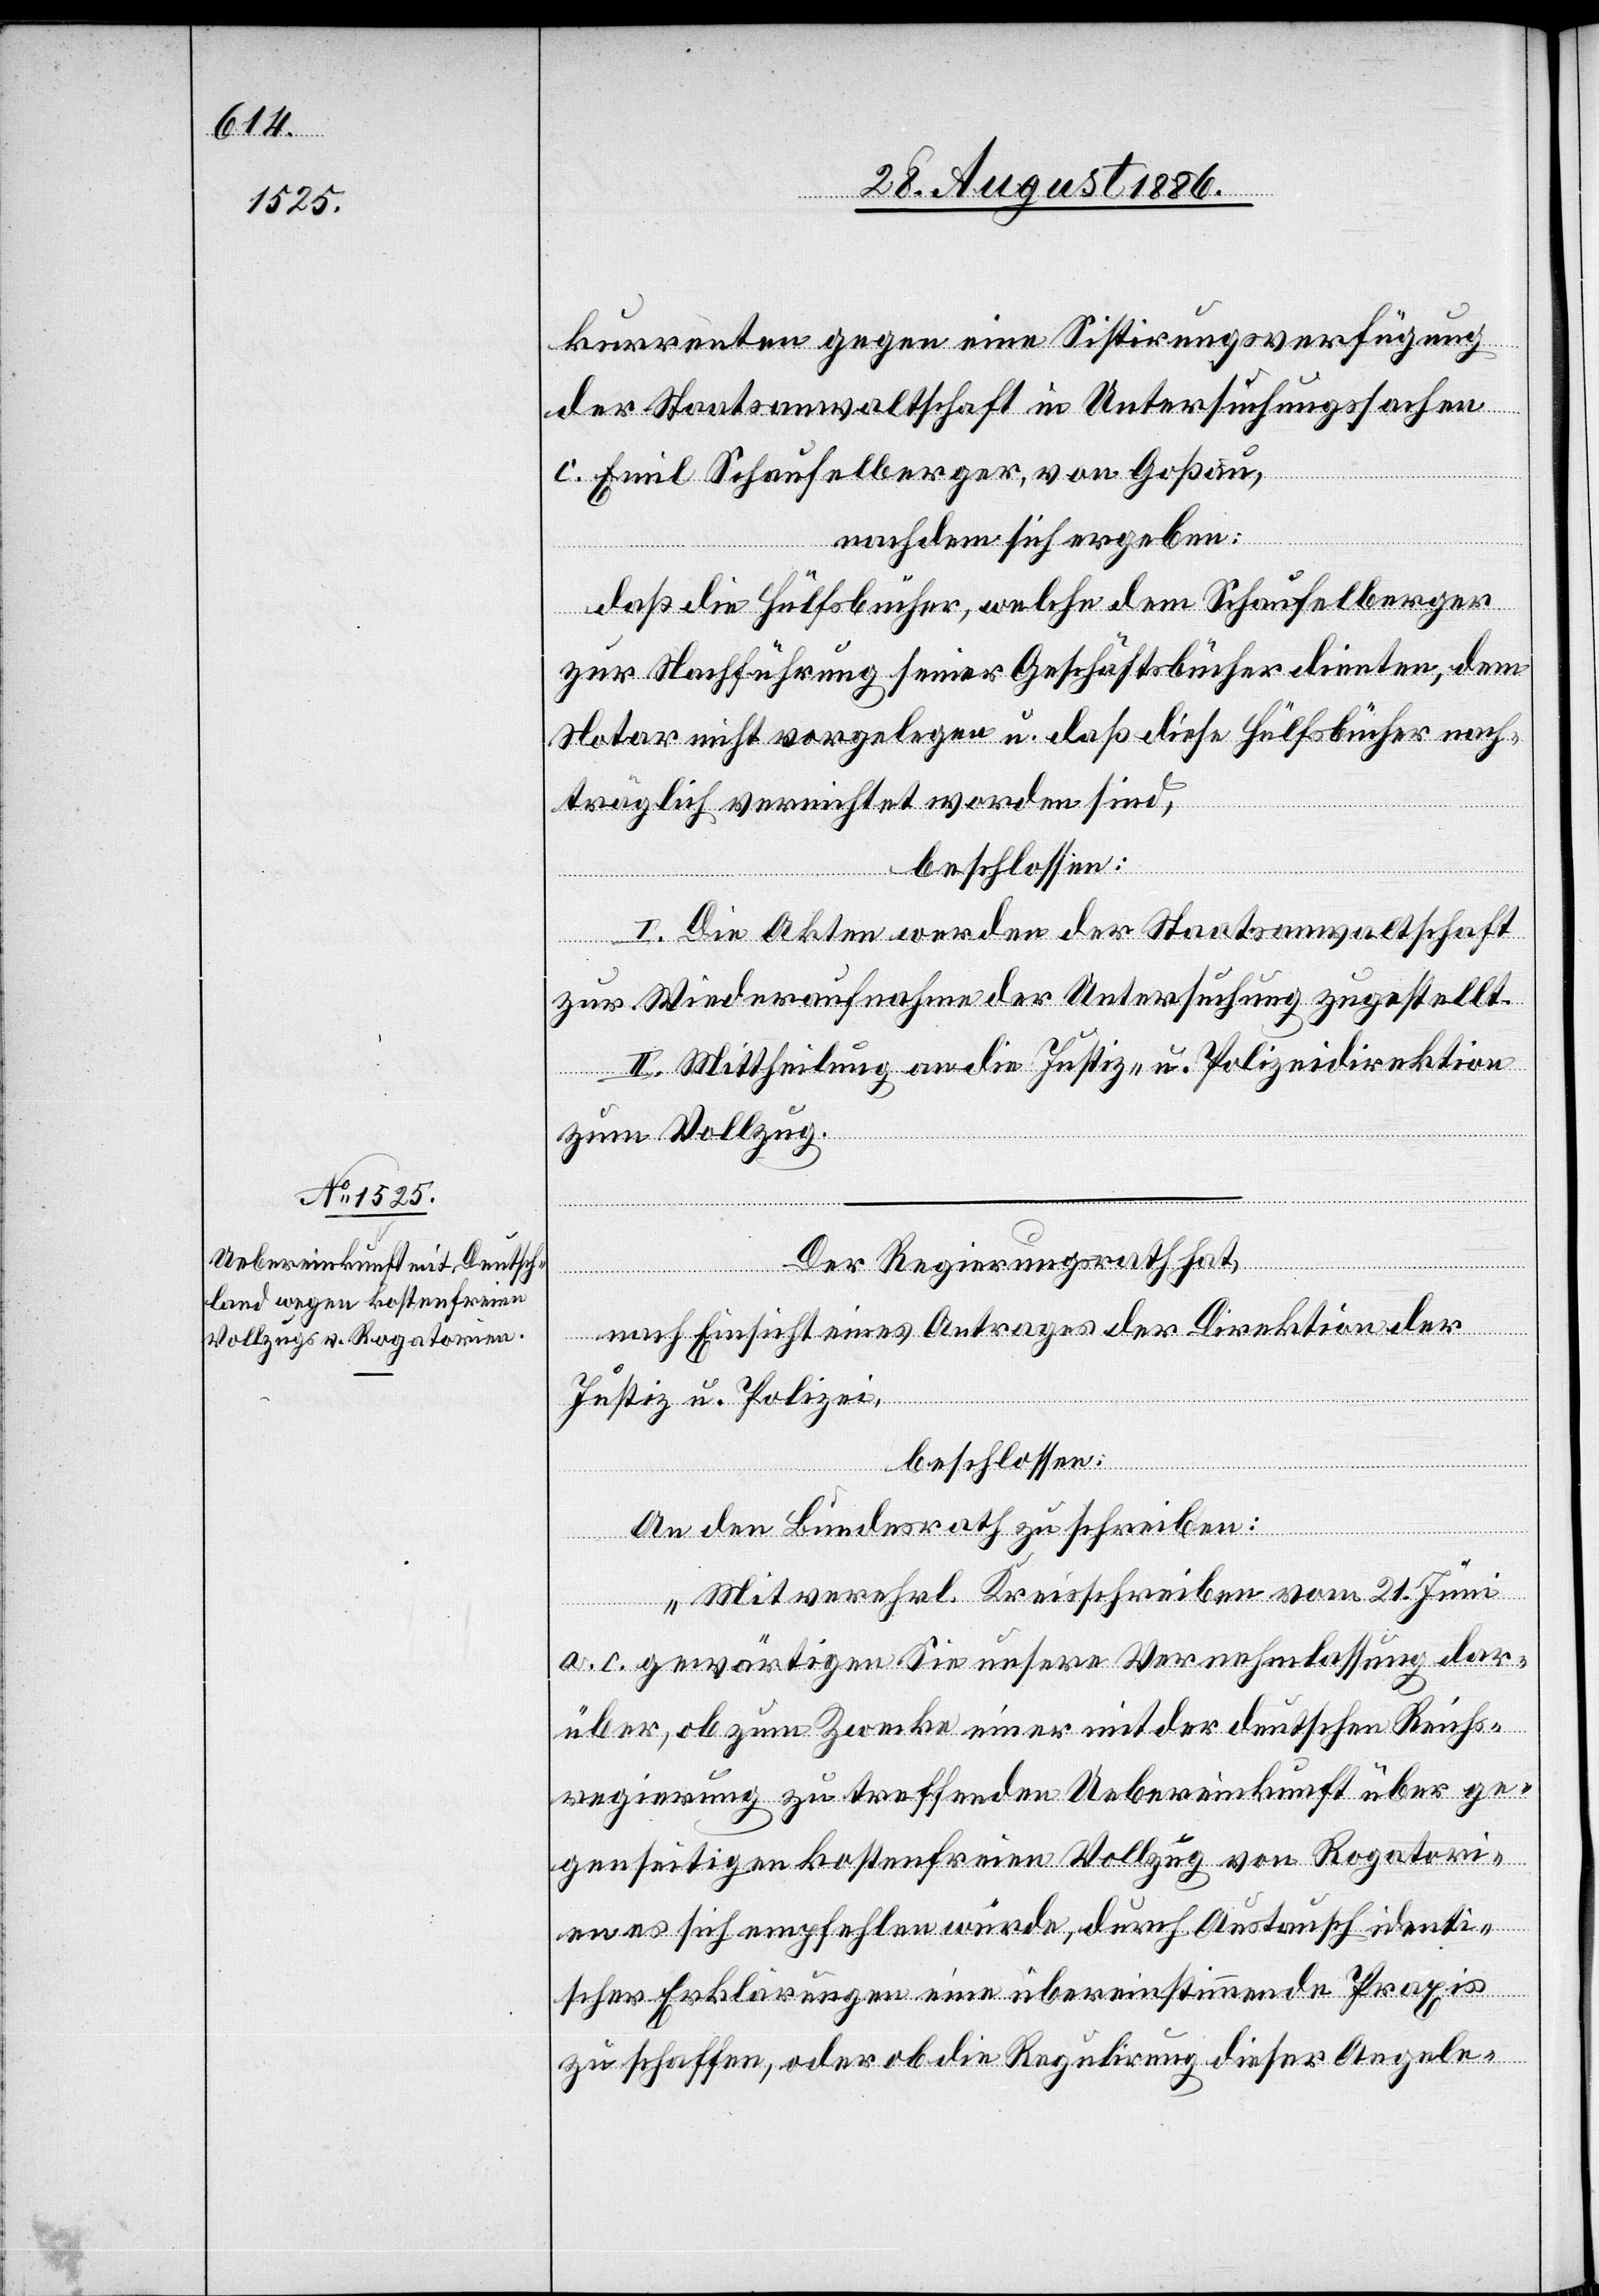
kurrenten gegen eine Sistirungsverfügung
der Staatsanwaltschaft in Untersuchungssachen
c. Emil Schaufelberger, von Goßau,
nachdem sich ergeben:
daß die Hülfsbücher, welche dem Schaufelberger
zur Nachführung seiner Geschäftsbücher dienten, dem
Notar nicht vorgelegen u. daß diese Hülfsbücher nach¬
träglich vernichtet worden sind,
beschlossen:
I. Die Akten werden der Staatsanwaltschaft
zur Wiederaufnahme der Untersuchung zugestellt.
II. Mittheilung an die Justiz- & Polizeidirektion
zum Vollzug.
Der Regierungsrath hat,
nach Einsicht eines Antrages der Direktion der
Justiz & Polizei,
beschlossen:
An den Bundesrath zu schreiben:
„Mit verehrl. Kreisschreiben vom 21. Juni
a. c. gewärtigen Sie unsere Vernehmlassung dar¬
über, ob zum Zwecke einer mit der deutschen Reichs¬
regierung zu treffenden Uebereinkunft über ge¬
genseitigen kostenfreien Vollzug von Rogatori¬
en es sich empfehlen würde, durch Austausch identi¬
scher Erklärungen eine übereinstimmende Praxis
zu schaffen, oder ob die Regulirung dieser Angele-